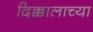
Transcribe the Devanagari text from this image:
दिक्कालाच्या